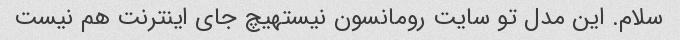
سلام. این مدل تو سایت رومانسون نیستهیچ جای اینترنت هم نیست